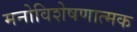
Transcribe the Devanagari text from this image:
मनोविशेषणात्मक